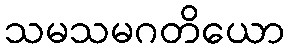
သမသမဂတိယော